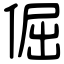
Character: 倔